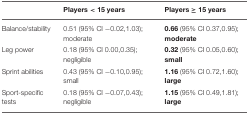
<table><thead><tr><td></td><td><b>Players &lt; 15 years</b></td><td><b>Players ≥ 15 years</b></td></tr></thead><tbody><tr><td>Balance/stability</td><td>0.51 (95% CI −0.02,1.03);moderate</td><td><b>0.66</b> (95% CI 0.37,0.95);<b>moderate</b></td></tr><tr><td>Leg power</td><td>0.18 (95% CI 0.00,0.35);negligible</td><td><b>0.32</b> (95% CI 0.05,0.60);<b>small</b></td></tr><tr><td>Sprint abilities</td><td>0.43 (95% CI −0.10,0.95);small</td><td><b>1.16</b> (95% CI 0.72,1.60);<b>large</b></td></tr><tr><td>Sport-specific tests</td><td>0.18 (95% CI −0.07,0.43);negligible</td><td><b>1.15</b> (95% CI 0.49,1.81);<b>large</b></td></tr></tbody></table>